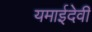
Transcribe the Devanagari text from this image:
यमाईदेवी